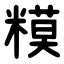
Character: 糢